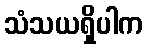
သံသယရှိပါက